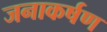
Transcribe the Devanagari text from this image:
जनाकर्षण